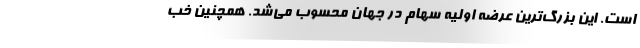
است. این بزرگ‌ترین عرضه اولیه سهام در جهان محسوب می‌شد. همچنین خب